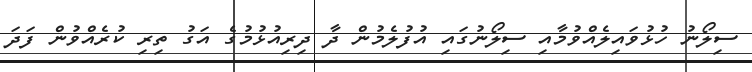
ސިލޯނު ހުޅުވައިލެއްވުމާއި ސިލޯނުގައި އުފުލެމުން ދާ ދިރިއުޅުމުގެ އަގު ތިރި ކުރެއްވުން ފަދަ